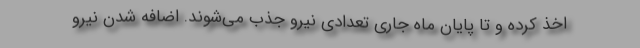
اخذ کرده و تا پایان ماه جاری تعدادی نیرو جذب می‌شوند. اضافه شدن نیرو